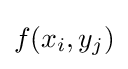
f(x_{i},y_{j})